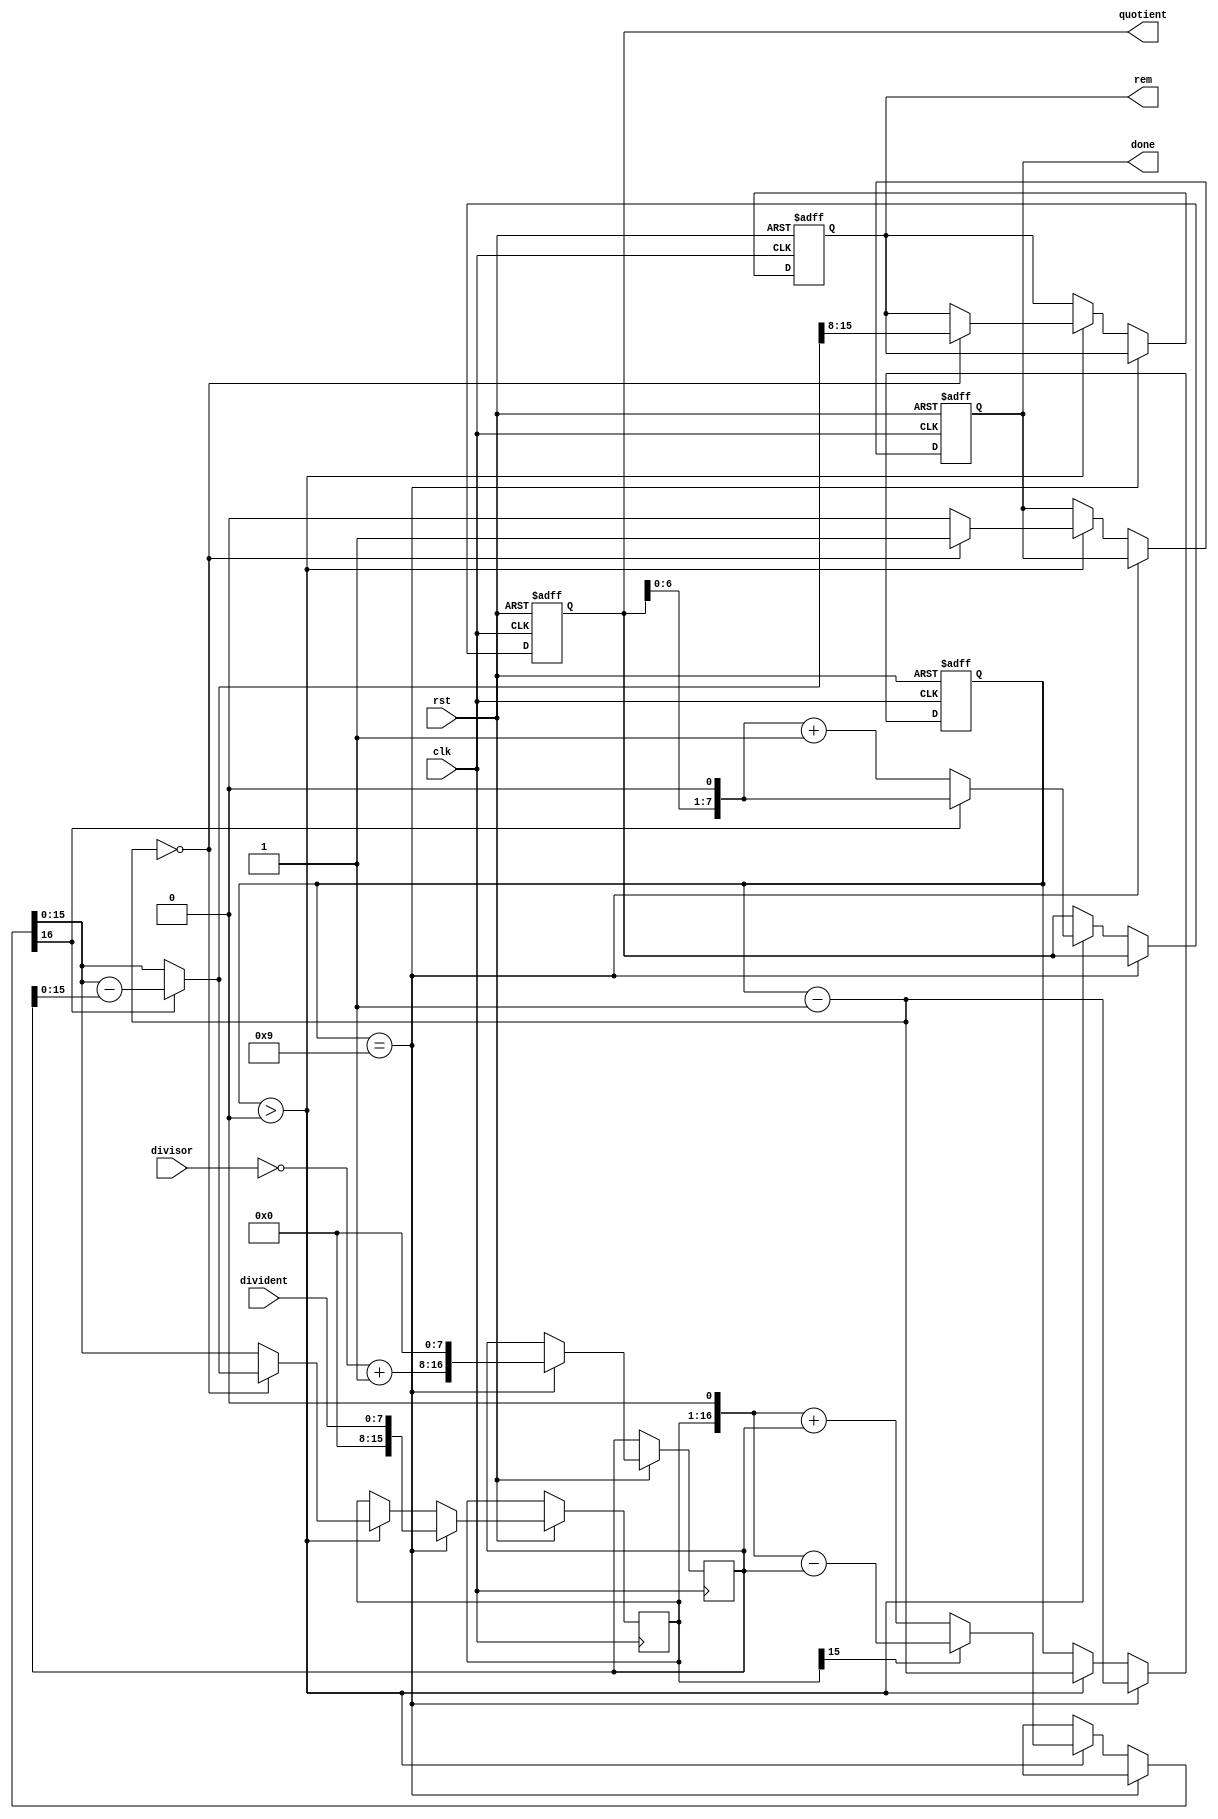
module nonrestoring8bit(
    input [7:0] divident,
    input [7:0] divisor,
    output reg [7:0] quotient,
    output reg [7:0] rem,
    input clk, 
    output reg done,		//done becomes 1 when operation is complete
    input rst			//active low reset
    );
    reg msbpartial;	
    reg [16:0] neg_divisor;
    reg [3:0] counter;//counter to keep track of the no of clock cycles elapsed
    reg [15:0] remainder;	
    always @(posedge clk, negedge rst)
    begin
    if (rst==0)
    begin
        done <= 0;
        counter <= 9;   // 8 clocks for ouput and 1 clock to load 
        quotient <= 0;
        msbpartial <= 0;
        rem <= 0;
    end
    else
    begin
        if(counter == 9)	//to load the data initally
        begin
            remainder <= divident;
            neg_divisor <= {(~divisor + 1),8'b00000000};
            counter <= counter -1;
        end
        else if(counter>0) 
            begin
            {msbpartial,remainder} = ({msbpartial,remainder}<<1);
            if(msbpartial == 0)
                {msbpartial,remainder} = ({msbpartial,remainder}) + neg_divisor;
            else
                {msbpartial,remainder} = ({msbpartial,remainder}) - neg_divisor;
            quotient = (quotient<<1);
            if(msbpartial==1) 
                quotient = quotient;
            else 
                quotient = (quotient + 1'b1);
            counter = counter - 1;
            if(counter==0)
                begin
                    done=1;
                    remainder = (msbpartial) ? (remainder - neg_divisor):remainder;
                    rem = remainder[15:8];
                end
            else
                done=0;
            end
         else 	//hold the results
             begin 
             quotient = quotient;
             rem = rem; 
             end   
        end
    end
endmodule